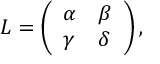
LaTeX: L = \left( \begin{array} { l l } { { \alpha } } & { { \beta } } \\ { { \gamma } } & { { \delta } } \end{array} \right) ,